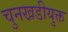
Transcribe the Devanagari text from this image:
चुनखडीयुक्त